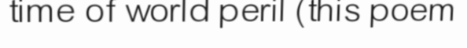
time of world peril (this poem